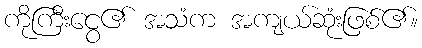
ကိုကြီးငွေ၏ အသံက အကျယ်ဆုံးဖြစ်၏။